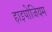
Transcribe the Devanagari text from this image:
हाइपोजियम